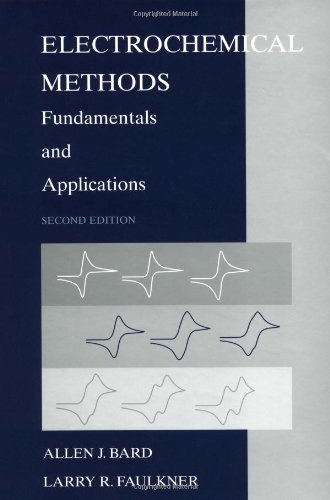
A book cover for Electrochemical Methods: Fundamentals and Applications; Allen J. Bard; Science & Math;